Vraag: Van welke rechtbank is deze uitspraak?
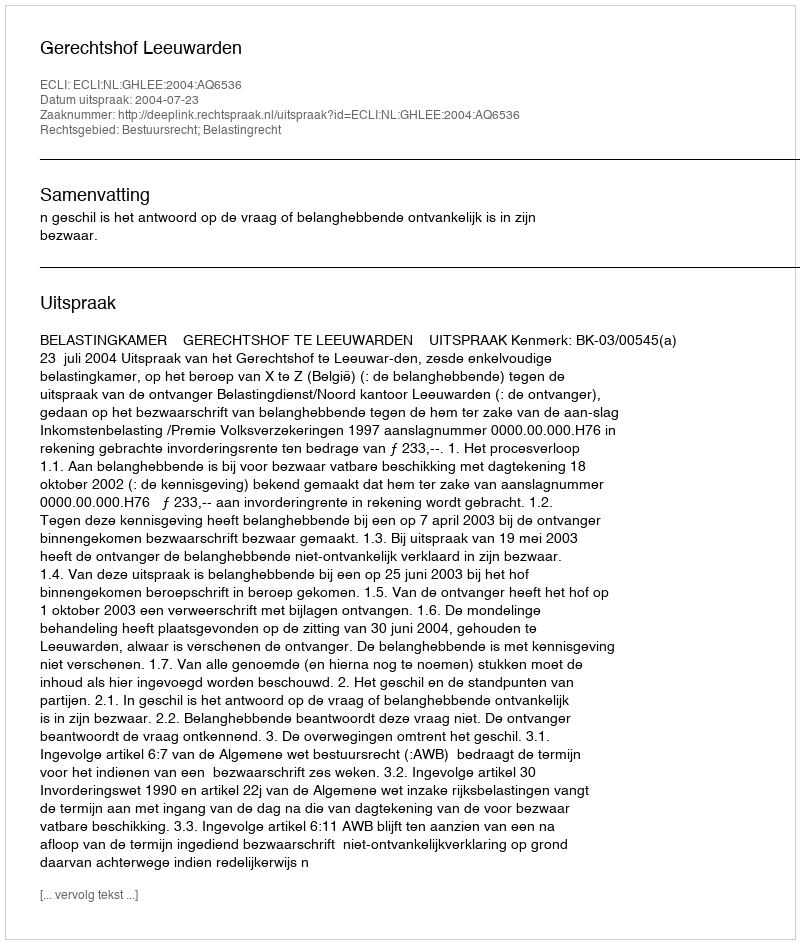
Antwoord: Gerechtshof Leeuwarden